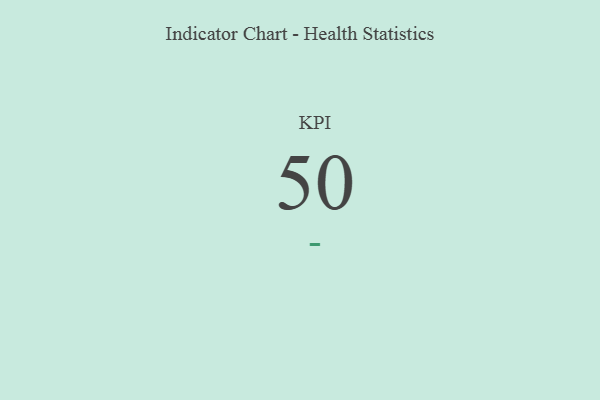
{"axis": {"x": "KPI", "y": "Value"}, "legend": [""], "data": [{"x": "KPI", "y": 50, "type": ""}]}